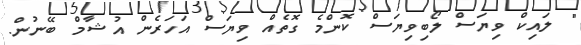
" ލައިކް ވިޔަސް ލޯބިވިޔަސް ކޮންމެ ގޮތެއް ވިޔަސް އަހަރެން އުޝާމް ބޭނުން.